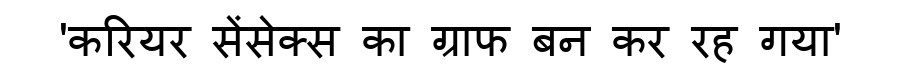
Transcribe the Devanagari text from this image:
'करियर सेंसेक्स का ग्राफ बन कर रह गया'